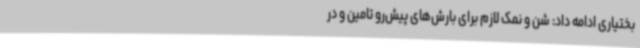
بختیاری ادامه داد: شن و نمک لازم برای بارش‌های پیش‌رو تامین و در